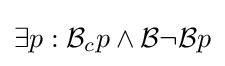
\exists p:{\mathcal {B}}_{c}p\wedge {\mathcal {B\neg B}}p